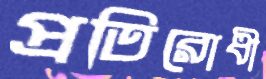
প্রতিরোধী